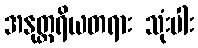
အနုတ္တရိယတရား သုံးပါး